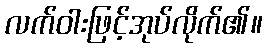
လက်ဝါးဖြင့်အုပ်လိုက်၏။